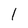
Character: l